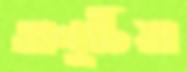
তালুটিয়া